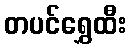
တပင်ရွှေထီး